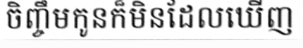
ចិញ្ចឹមកូនក៏មិនដែលឃើញ